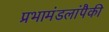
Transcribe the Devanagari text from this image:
प्रभामंडलांपैकी